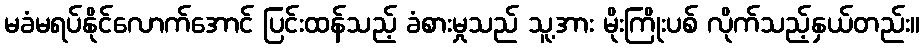
မခံမရပ်နိုင်လောက်အောင် ပြင်းထန်သည့် ခံစားမှုသည် သူ့အား မိုးကြိုးပစ် လိုက်သည့်နှယ်တည်း။